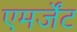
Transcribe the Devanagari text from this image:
एमर्जेंट